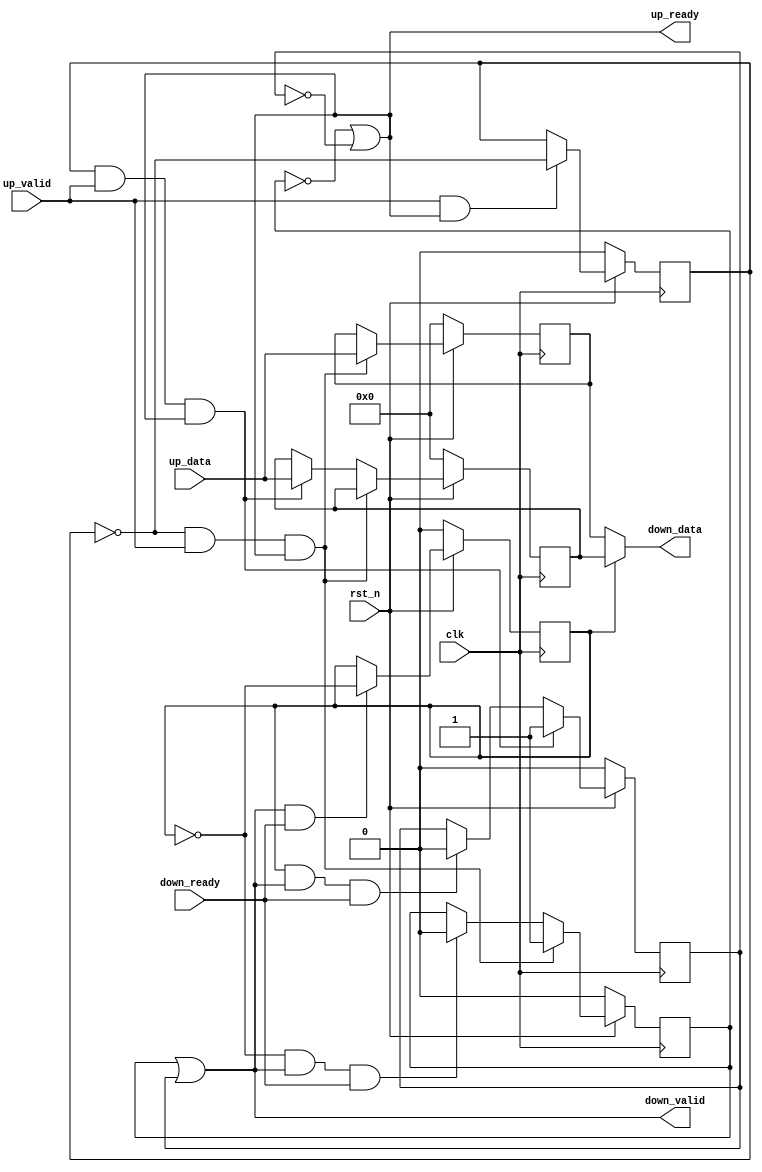
// -----------------------------------------------------------------------------
// Copyright (c) 2014-2022 All rights reserved
// -----------------------------------------------------------------------------
// Create : 2022-06-09 15:37:03
// Revise : 2022-06-10 12:40:53
// Editor : sublime text3, tab size (4)
// -----------------------------------------------------------------------------

module Handshakes_All #
(
	parameter	WORD_WIDTH = 32

)
(
	input	wire						clk,
	input	wire						rst_n,
	input	wire						up_valid,
	input	wire	[WORD_WIDTH-1:0]	up_data,
	input	wire						down_ready,
	output	wire						down_valid,
	output	wire	[WORD_WIDTH-1:0]	down_data,
	output	wire						up_ready
);
wire					load_reg_en,sel_reg_en; 
wire 					enable_a,enable_b;
reg 					load_b;//1 means reg a ready,0 means reg b ready
reg						sel_b;//1 means reg a full,0 means reg b full
reg 					buf_valid_a,buf_valid_b;
reg	[WORD_WIDTH-1:0]	buf_data_a,buf_data_b;

assign up_ready = (~buf_valid_a)|(~buf_valid_b);
assign down_valid = (buf_valid_a)|(buf_valid_b);

assign load_reg_en = up_valid & up_ready; // regaregb
always @(posedge clk)begin
	if (!rst_n)begin
		load_b <= 1'b0; //a
	end
	else if(load_reg_en) begin
		load_b <= ~load_b; //
	end
end			

assign enable_a = (~load_b) & up_valid & up_ready;
assign enable_b = (load_b) & up_valid & up_ready;//abab

// always@(posedge clk)begin
// 	if (!rst_n)begin
// 		buf_valid_a <= 'd0;
// 		buf_valid_b <= 'd0;
// 	end
// 	else if(enable_a) begin
// 		buf_valid_a <= 1'b1;
// 		buf_valid_b <= buf_valid_b;
// 	end
// 	else if(enable_b) begin
// 		buf_valid_a <= buf_valid_a;
// 		buf_valid_b <= 1'b1;
// 	end
// 	else begin
// 		buf_valid_a <= buf_valid_a;
// 		buf_valid_b <= buf_valid_b;
// 	end
// end

always@(posedge clk)begin
	if (!rst_n)begin
		buf_data_a <= 'd0;
		buf_data_b <= 'd0;
	end
	else if(enable_a) begin
		buf_data_a <= up_data;
		buf_data_b <= buf_data_b;
	end
	else if(enable_b) begin
		buf_data_b <= up_data;
		buf_data_a <= buf_data_a;
	end
	else begin
		buf_data_a <= buf_data_a;
		buf_data_b <= buf_data_b;
	end
end


assign sel_reg_en = down_valid & down_ready;// regaregb

always @(posedge clk)begin
	if (!rst_n)begin
		sel_b <= 1'b0; //a
	end
	else if(sel_reg_en) begin
		sel_b <= ~sel_b; //
	end
end		

assign sel_a_over = (~sel_b) & down_valid & down_ready;
assign sel_b_over = (sel_b) & down_valid & down_ready;//ababvalid

always@(posedge clk)begin
	if (!rst_n)begin
		buf_valid_a <= 'd0;
		buf_valid_b <= 'd0;
	end
	else begin
		buf_valid_a <= enable_a?1'b1:(sel_a_over?1'b0:buf_valid_a);
		buf_valid_b <= enable_b?1'b1:(sel_b_over?1'b0:buf_valid_b);
	end
end

assign down_data = sel_b?buf_data_b:buf_data_a;

endmodule